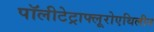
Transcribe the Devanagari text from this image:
पॉलीटेट्राफ्लूरोएथिलीन